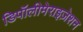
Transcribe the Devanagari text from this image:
डिपॉलीमेराइज़ेशन